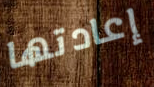
إعادتها